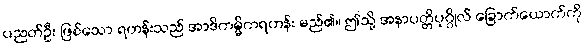
ပညတ်ဦး ဖြစ်သော ရဟန်းသည် အာဒိကမ္မိကရဟန်း မည်၏။ ဤသို့ အနာပတ္တိပုဂ္ဂိုလ် ခြောက်ယောက်ကို